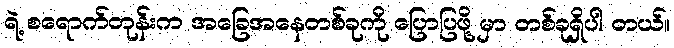
ရဲ့ စရောက်တုန်းက အခြေအနေတစ်ခုကို ပြောပြဖို့ မှာ တစ်ခုရှိပါ တယ်။